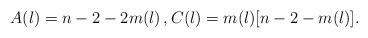
LaTeX: \begin{align*}A(l)=n-2-2m(l) \, , C(l)=m(l)[n-2-m(l)].\end{align*}